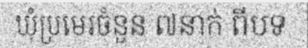
ឃុំប្រមេរចំនួន ៧នាក់ ពីបទ